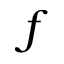
f